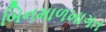
બિનમાળખાગત